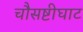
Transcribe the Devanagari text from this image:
चौसष्टीघाट